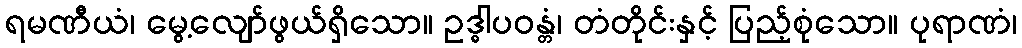
ရမဏီယံ၊ မွေ့လျော်ဖွယ်ရှိသော။ ဥဒ္ဓါပဝန္တံ၊ တံတိုင်းနှင့် ပြည့်စုံသော။ ပုရာဏံ၊